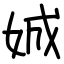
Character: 娍